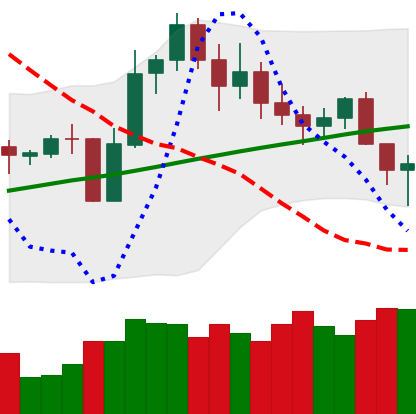
Ticker: LINK-USD
Chart end date: 2020-11-04
Forward return: 19.557%
Label: up_7plus